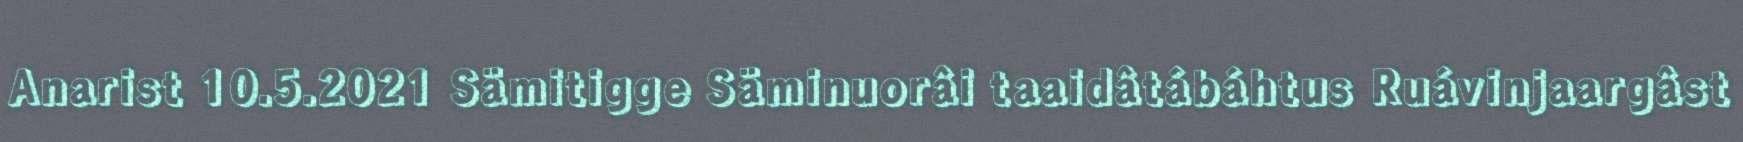
Anarist 10.5.2021 Sämitigge Säminuorâi taaidâtábáhtus Ruávinjaargâst